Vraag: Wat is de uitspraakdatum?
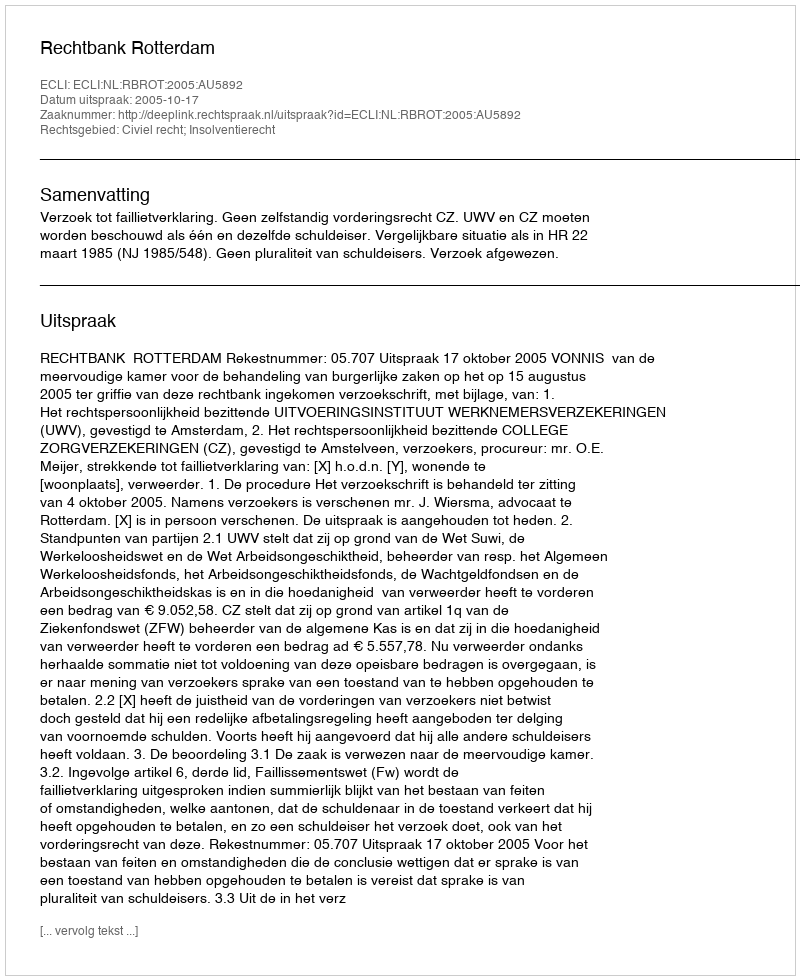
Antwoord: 2005-10-17